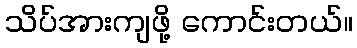
သိပ်အားကျဖို့ ကောင်းတယ်။